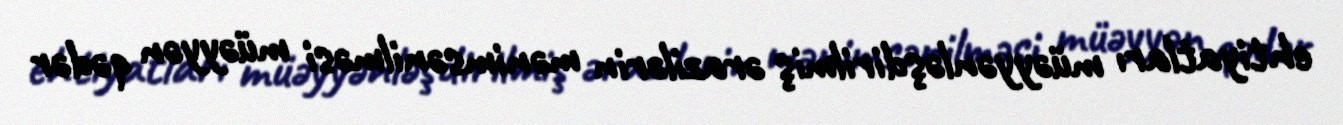
ehtiyatları müəyyənləşdirilmiş ərazilərin mənimsənilməsi müəyyən qədər